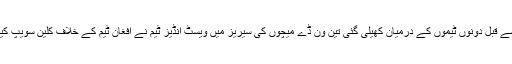
اس سے قبل دونوں ٹیموں کے درمیان کھیلی گئی تین ون ڈے میچوں کی سیریز میں ویسٹ انڈیز ٹیم نے افغان ٹیم کے خلاف کلین سویپ کیا تھا۔